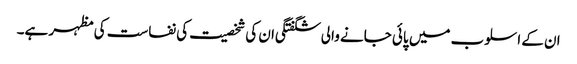
ان کے اسلوب میں پائی جانے والی شگفتگی ان کی شخصیت کی نفاست کی مظہر ہے۔